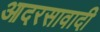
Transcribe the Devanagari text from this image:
आदरसावादी